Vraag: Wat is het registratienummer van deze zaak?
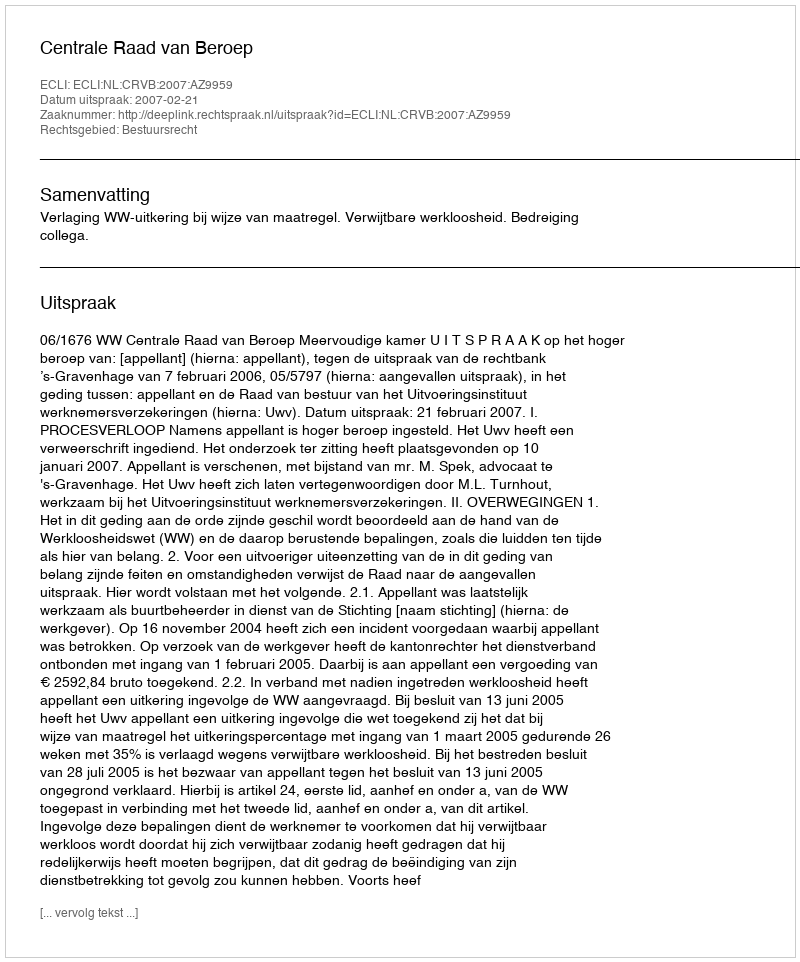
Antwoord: http://deeplink.rechtspraak.nl/uitspraak?id=ECLI:NL:CRVB:2007:AZ9959